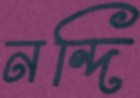
নন্দি